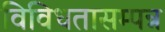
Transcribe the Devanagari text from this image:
विविधतासम्पन्न